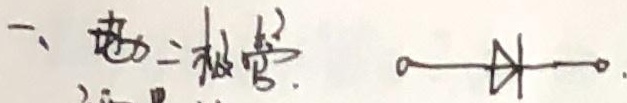
一、电力二极管  。→▷→。